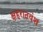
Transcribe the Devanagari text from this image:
क्षहरातवंश